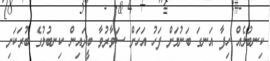
ކިނބުލެއް ހިފާ އަނގަ ބަނުމަށް ފަހު އަހަށް ސަވާރުވާ ބީދައިން ކިނބުލުގެ ބުރަކަށި